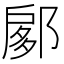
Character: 𨜽